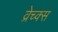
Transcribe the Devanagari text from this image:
व्रेच्क्स